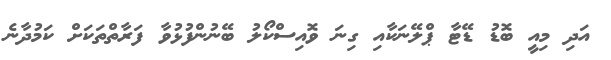
އަދި މިއީ ބޮޑު ޑޭޓާ ޕްލޭނަކާއި ގިނަ ވޮއިސްކޯލު ބޭނުންފުޅުވާ ފަރާތްތަކަށް ކަމުދާނެ